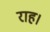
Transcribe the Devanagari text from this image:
राह।